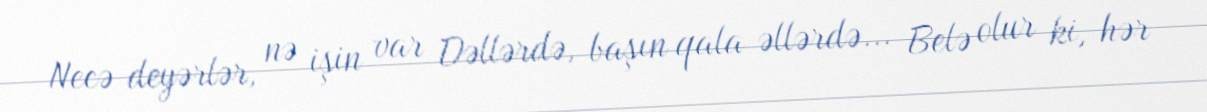
Necə deyərlər, nə işin var Dəllərdə, başın qala əllərdə... Belə olur ki, hər